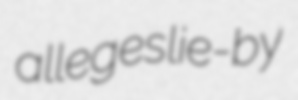
alleges lie-by